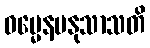
ဓမ္မေနမနုသာသတိ